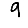
Digit: 9